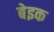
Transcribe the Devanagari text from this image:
बेइक